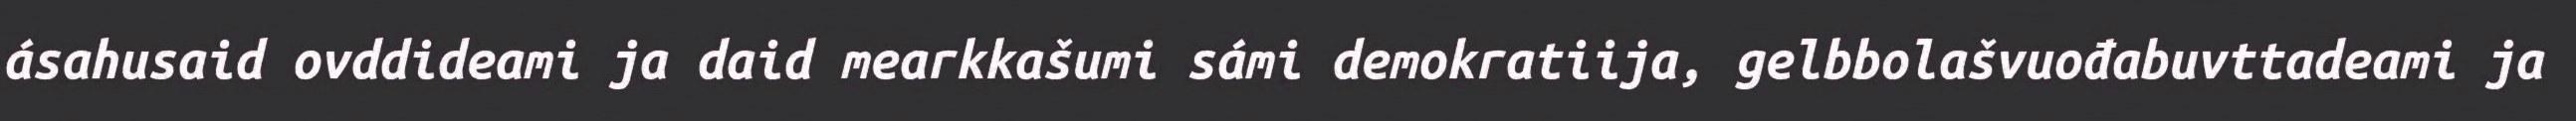
ásahusaid ovddideami ja daid mearkkašumi sámi demokratiija, gelbbolašvuođabuvttadeami ja